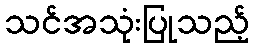
သင်အသုံးပြုသည့်